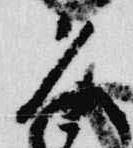
久